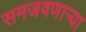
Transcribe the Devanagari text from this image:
समजवणाऱ्या